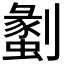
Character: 𠠞